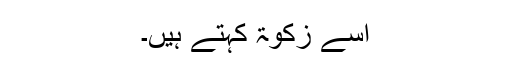
اسے زکوٰۃ کہتے ہیں۔